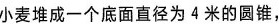
小麦堆成一个底面直径为4米的圆锥，